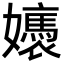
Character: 㜵